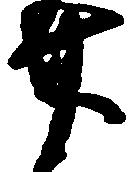
廿